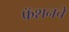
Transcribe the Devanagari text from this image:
फॅशनचे